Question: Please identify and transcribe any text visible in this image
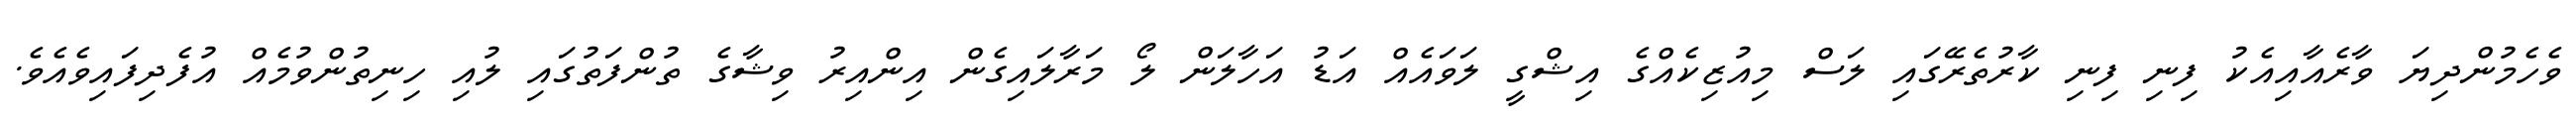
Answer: ވެހެމުންދިޔަ ވާރެއާއިއެކު ފިނި ފިނި ކާރުތެރޭގައި ލަސް މިއުޒިކެއްގެ އިޝްގީ ލަވައެއް އަޑު އަހާލަން ލޯ މަރާލައިގެން އިންއިރު ވިޝާގެ ތުންފަތުގައި ލުއި ހިނިތުންވުމެއް އުފެދިފައިވެއެވެ.